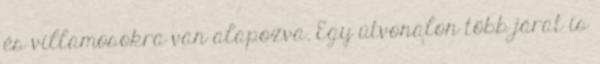
és villamosokra van alapozva. Egy útvonalon több járat is